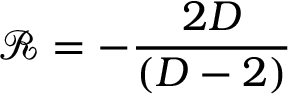
\mathcal { R } = - \frac { 2 D } { \left( D - 2 \right) }